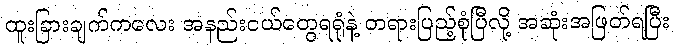
ထူးခြားချက်ကလေး အနည်းငယ်တွေရရုံနဲ့ တရားပြည့်စုံပြီလို့ အဆုံးအဖြတ်ရပြီး